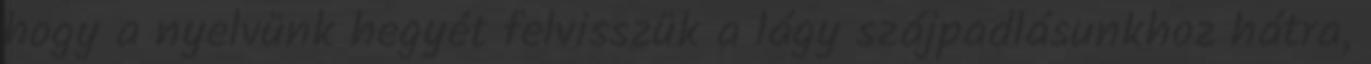
hogy a nyelvünk hegyét felvisszük a lágy szájpadlásunkhoz hátra,